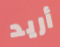
أريد